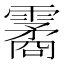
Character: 霱